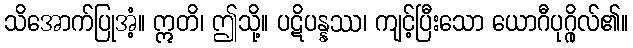
သိအောက်ပြုအံ့။ ဣတိ၊ ဤသို့။ ပဋိပန္နဿ၊ ကျင့်ပြီးသော ယောဂီပုဂ္ဂိုလ်၏။